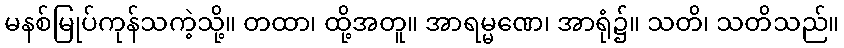
မနစ်မြုပ်ကုန်သကဲ့သို့။ တထာ၊ ထို့အတူ။ အာရမ္မဏေ၊ အာရုံ၌။ သတိ၊ သတိသည်။